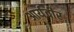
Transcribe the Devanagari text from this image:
आर्यवीर